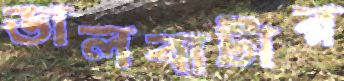
ডালবাটার